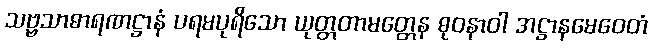
သဗ္ဗသာဓာရဏဋ္ဌာနံ ပရမပုရိသော ယုတ္တတာမတ္တေန ဓုဝနာဝါ အဋ္ဌာနမေဝေတံ